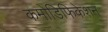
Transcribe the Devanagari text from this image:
कमोडिफिकेशन